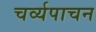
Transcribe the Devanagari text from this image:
चर्व्यपाचन